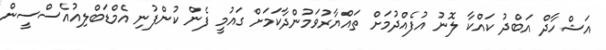
އަޝްހާދް އަބްދު ކައްކާ ލޮނު އުފެއްދުމަށް ތައްޔާރުވަމުންދާކަމަށް ގައުމީ ފެން ކުންފުނި އެމްޑަބްލިއުއެސްސީން